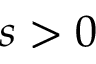
s > 0